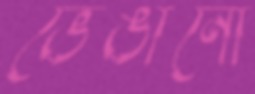
ভেঙানো